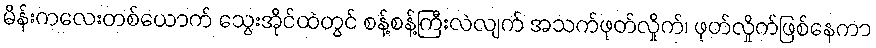
မိန်းကလေးတစ်ယောက် သွေးအိုင်ထဲတွင် စန့်စန့်ကြီးလဲလျက် အသက်ဖုတ်လှိုက်၊ ဖုတ်လှိုက်ဖြစ်နေကာ